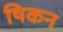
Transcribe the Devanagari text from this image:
षिकन